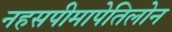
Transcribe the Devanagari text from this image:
नहसपीमापेतिलोन